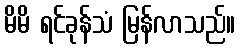
မိမိ ရင်ခုန်သံ မြန်လာသည်။